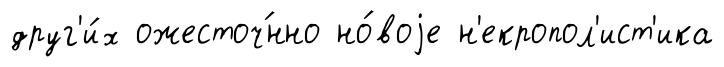
друг'и́х ожесточ́нно но́воjе н'екропол'ист'ика